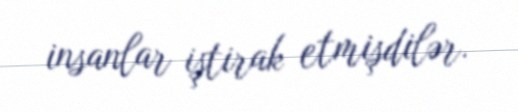
insanlar iştirak etmişdilər.